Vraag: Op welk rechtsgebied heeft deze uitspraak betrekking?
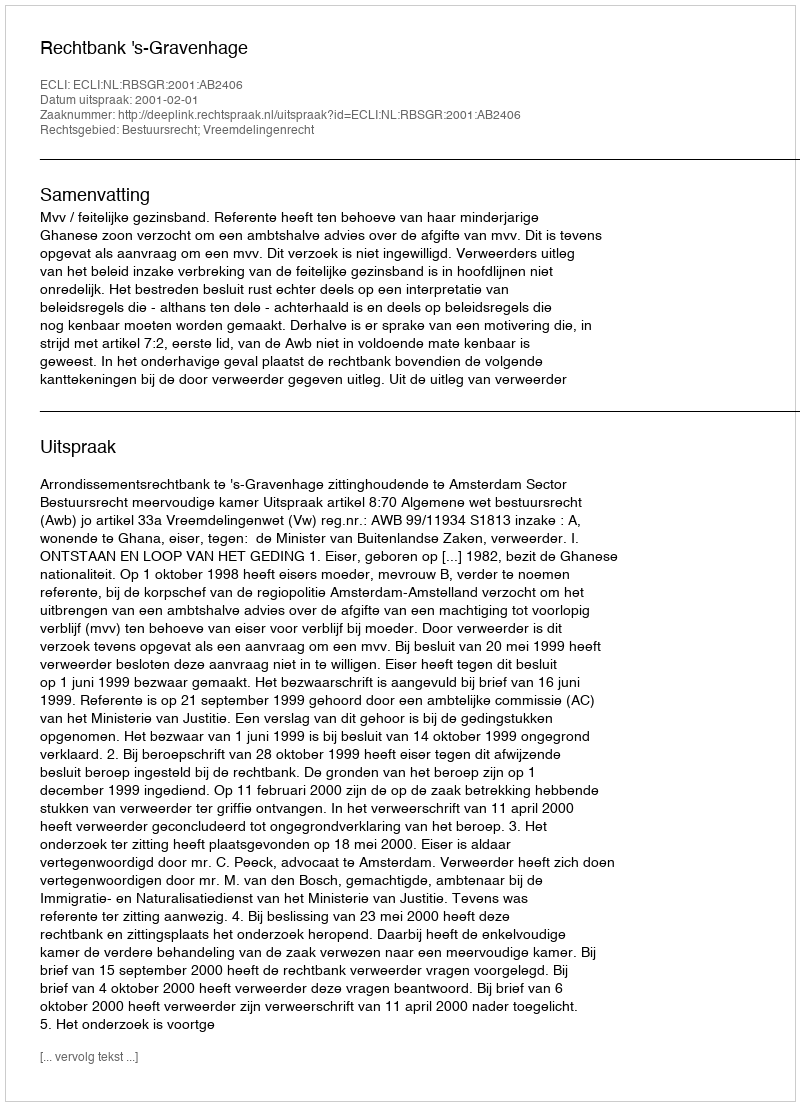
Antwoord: Bestuursrecht; Vreemdelingenrecht